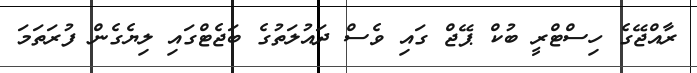
ރާއްޖޭގެ ހިސްޓްރީ ބުކް ޕޭޖް ގައި ވެސް ދައުލަތުގެ ބަޖެޓްގައި ލިޔެގެން ފުރަތަމަ